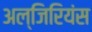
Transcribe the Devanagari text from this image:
अल्जिरियंस